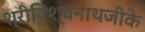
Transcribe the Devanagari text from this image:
श्रीविश्वनाथजीके